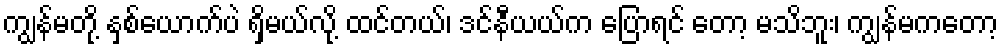
ကျွန်မတို့ နှစ်ယောက်ပဲ ရှိမယ်လို့ ထင်တယ်၊ ဒင်နီယယ်က ပြောရင် တော့ မသိဘူး၊ ကျွန်မကတော့